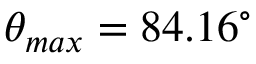
\theta _ { m a x } = 8 4 . 1 6 ^ { \circ }